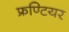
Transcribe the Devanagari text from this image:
फ्रण्टियर